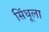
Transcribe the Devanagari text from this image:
सिंधूला